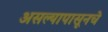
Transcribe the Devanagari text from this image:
असल्यापासूनचे